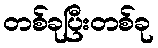
တစ်ခုပြီးတစ်ခု